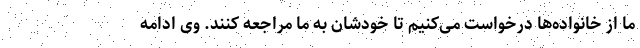
ما از خانواده‌ها درخواست می‌کنیم تا خودشان به ما مراجعه کنند. وی ادامه